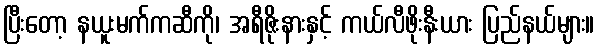
ပြီးတော့ နယူးမက်ကဆီကို၊ အရီဇိုးနားနှင့် ကယ်လီဖိုးနီးယား ပြည်နယ်များ။